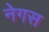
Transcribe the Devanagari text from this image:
नेगस